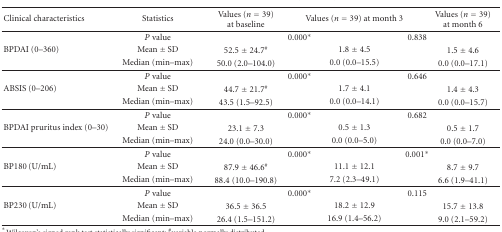
<table><thead><tr><td><b>Clinical characteristics</b></td><td><b>Statistics</b></td><td><b>Values (<i>n</i> = 39) at baseline</b></td><td colspan="3"><b>Values (<i>n</i> = 39)at month 3</b></td><td><b>Values (<i>n</i> = 39)at month 6</b></td></tr></thead><tbody><tr><td> </td><td><i>P</i> value </td><td> </td><td>0.000*</td><td> </td><td>0.838</td><td> </td></tr><tr><td>BPDAI (0–360)</td><td>Mean ± SD</td><td>52.5 ± 24.7<sup>#</sup></td><td> </td><td>1.8 ± 4.5</td><td> </td><td>1.5 ± 4.6</td></tr><tr><td> </td><td>Median (min–max)</td><td>50.0 (2.0–104.0)</td><td> </td><td>0.0 (0.0–15.5)</td><td> </td><td>0.0 (0.0–17.1)</td></tr><tr><td> </td><td><i>P</i> value</td><td> </td><td>0.000*</td><td> </td><td>0.646</td><td> </td></tr><tr><td>ABSIS (0–206)</td><td>Mean ± SD</td><td>44.7 ± 21.7<sup>#</sup></td><td> </td><td>1.7 ± 4.1</td><td> </td><td>1.4 ± 4.3</td></tr><tr><td> </td><td>Median (min–max)</td><td>43.5 (1.5–92.5)</td><td> </td><td>0.0 (0.0–14.1)</td><td> </td><td>0.0 (0.0–15.7)</td></tr><tr><td> </td><td><i>P</i> value</td><td> </td><td>0.000*</td><td> </td><td>0.682</td><td> </td></tr><tr><td>BPDAI pruritus index (0–30)</td><td>Mean ± SD</td><td>23.1 ± 7.3</td><td> </td><td>0.5 ± 1.3</td><td> </td><td>0.5 ± 1.7</td></tr><tr><td> </td><td>Median (min–max)</td><td>24.0 (0.0–30.0)</td><td> </td><td>0.0 (0.0–5.0)</td><td> </td><td>0.0 (0.0–7.0)</td></tr><tr><td> </td><td><i>P</i> value</td><td> </td><td>0.000*</td><td> </td><td>0.001*</td><td> </td></tr><tr><td>BP180 (U/mL)</td><td>Mean ± SD</td><td>87.9 ± 46.6<sup>#</sup></td><td> </td><td>11.1 ± 12.1</td><td> </td><td>8.7 ± 9.7</td></tr><tr><td> </td><td>Median (min–max)</td><td>88.4 (10.0–190.8)</td><td> </td><td>7.2 (2.3–49.1)</td><td> </td><td>6.6 (1.9–41.1)</td></tr><tr><td> </td><td><i>P</i> value</td><td> </td><td>0.000*</td><td> </td><td>0.115</td><td> </td></tr><tr><td>BP230 (U/mL)</td><td>Mean ± SD</td><td>36.5 ± 36.5</td><td> </td><td>18.2 ± 12.9</td><td> </td><td>15.7 ± 13.8</td></tr><tr><td> </td><td>Median (min–max)</td><td>26.4 (1.5–151.2)</td><td> </td><td>16.9 (1.4–56.2)</td><td> </td><td>9.0 (2.1–59.2)</td></tr></tbody></table>